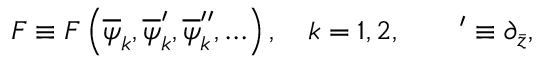
{ \cal F } \equiv { \cal F } \left( \overline { { \psi } } _ { k } , \overline { { \psi } } _ { k } ^ { \prime } , \overline { { \psi } } _ { k } ^ { \prime \prime } , \ldots \right) , \quad k = 1 , 2 , \qquad ^ { \prime } \equiv \partial _ { \bar { z } } ,